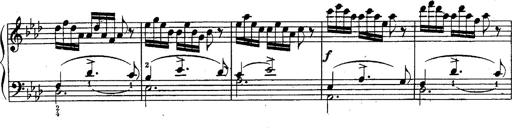
Title: Schubert's Impromptus [revised and edited by Franz Liszt]
Composer: Franz Liszt